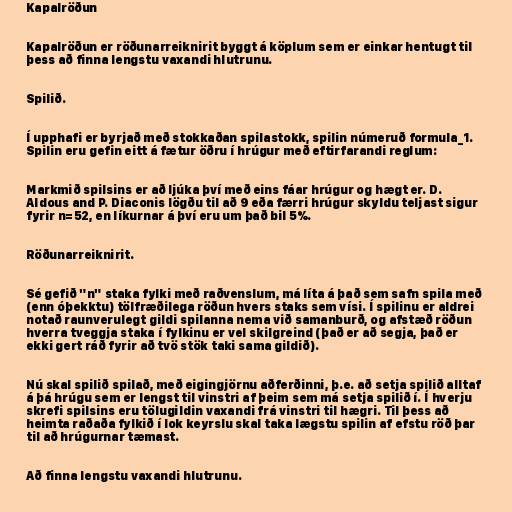
Kapalröðun

Kapalröðun er röðunarreiknirit byggt á köplum sem er einkar hentugt til
þess að finna lengstu vaxandi hlutrunu.

Spilið.

Í upphafi er byrjað með stokkaðan spilastokk, spilin númeruð formula_1.
Spilin eru gefin eitt á fætur öðru í hrúgur með eftirfarandi reglum:

Markmið spilsins er að ljúka því með eins fáar hrúgur og hægt er. D.
Aldous and P. Diaconis lögðu til að 9 eða færri hrúgur skyldu teljast sigur
fyrir n=52, en líkurnar á því eru um það bil 5%.

Röðunarreiknirit.

Sé gefið "n" staka fylki með raðvenslum, má líta á það sem safn spila með
(enn óþekktu) tölfræðilega röðun hvers staks sem vísi. Í spilinu er aldrei
notað raunverulegt gildi spilanna nema við samanburð, og afstæð röðun
hverra tveggja staka í fylkinu er vel skilgreind (það er að segja, það er
ekki gert ráð fyrir að tvö stök taki sama gildið).

Nú skal spilið spilað, með eigingjörnu aðferðinni, þ.e. að setja spilið alltaf
á þá hrúgu sem er lengst til vinstri af þeim sem má setja spilið í. Í hverju
skrefi spilsins eru tölugildin vaxandi frá vinstri til hægri. Til þess að
heimta raðaða fylkið í lok keyrslu skal taka lægstu spilin af efstu röð þar
til að hrúgurnar tæmast.

Að finna lengstu vaxandi hlutrunu.